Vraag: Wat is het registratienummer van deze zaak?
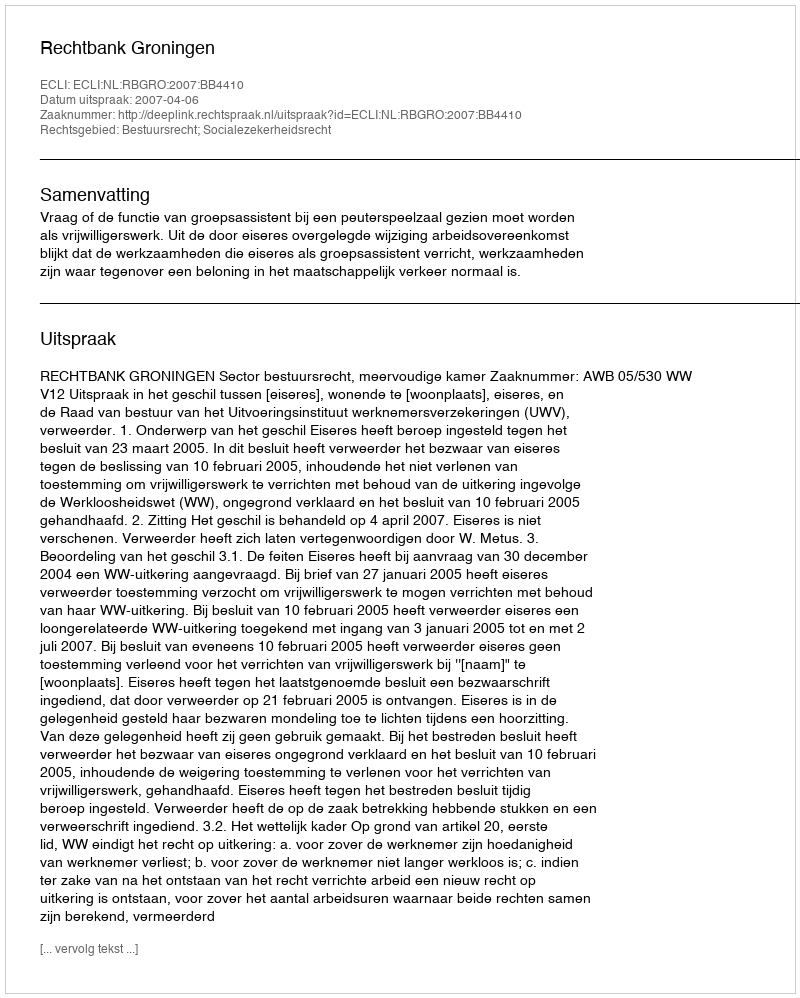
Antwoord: http://deeplink.rechtspraak.nl/uitspraak?id=ECLI:NL:RBGRO:2007:BB4410